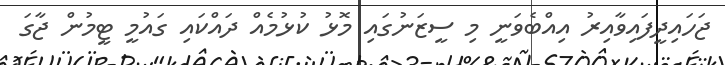
ޖަހައިދީފައިވާއިރު އިއްބެވަނީ މި ސީޒަނުގައި މޮޅު ކުޅުމެއް ދައްކައި ގައުމީ ޓީމުން ޖާގަ